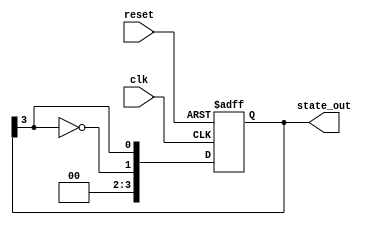
module johnson_counter_moore #(
    parameter n = 4 // Number of bits (flip-flops) in the counter
) (
    input wire clk,                // Clock input
    input wire reset,              // Asynchronous reset
    output reg [n-1:0] state_out   // Output representing the current state
);

    // Internal state register
    reg [n-1:0] state_reg;

    // Sequential logic: State transition
    always @(posedge clk or posedge reset) begin
        if (reset) begin
            // Asynchronous reset to all zeros
            state_reg <= 0;
        end else begin
            // Shift right and feed inverted last bit to first bit
            state_reg <= {~state_reg[n-1], state_reg[n-1:n-1]};
        end
    end

    // Output logic: Moore output based on the current state
    always @(state_reg) begin
        state_out = state_reg; // Output is the current state
    end

endmodule